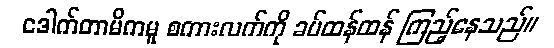
ဒေါက်တာမိကမူ စကားလက်ကို ခပ်ထန်ထန် ကြည့်နေသည်။